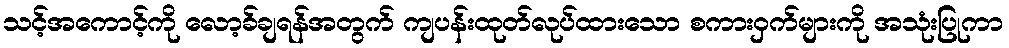
သင့်အကောင့်ကို လော့ခ်ချရန်အတွက် ကျပန်းထုတ်လုပ်ထားသော စကားဝှက်များကို အသုံးပြုကာ